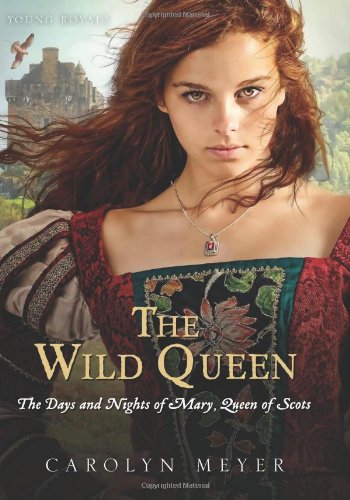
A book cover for The Wild Queen: The Days and Nights of Mary, Queen of Scots (Young Royals); Carolyn Meyer; Teen & Young Adult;